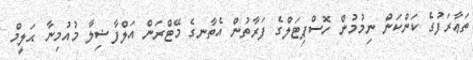
ތަޢާރަފުގެ ކަންކަން ނިމުމުން ހޮސްޕިޓަލްގެ ފަރާތުން އެތާނގެ މޭޓްރަން އަލްފާޟިލާ މުއުމިނާ ޙަލީމް